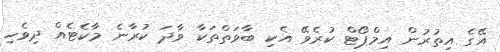
އޭގެ އިތުރުން އިމްޕޯޓް ކުރެވޭ އެކި ބާވަތްތަކާ ވާދަ ކުރާނެ މާކެޓެއް ދިވެހި